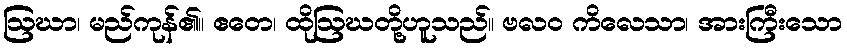
ဩဃာ၊ မည်ကုန်၏။ ဧတေ၊ ထိုဩဃတို့ဟူသည်။ ဗလဝ ကိလေသာ၊ အားကြီးသော